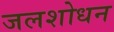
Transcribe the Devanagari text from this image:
जलशोधन